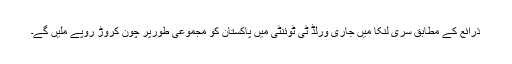
ذرائع کے مطابق سری لنکا میں جاری ورلڈ ٹی ٹوئنٹی میں پاکستان کو مجموعی طورپر چون کروڑ روپے ملیں گے۔